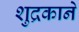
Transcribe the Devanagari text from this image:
शुद्रकाने